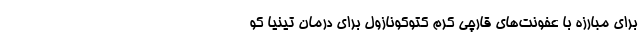
برای مبارزه با عفونت‌های قارچی کرم کتوکونازول برای درمان تینیا کو